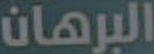
البرهان